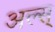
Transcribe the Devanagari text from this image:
अल्स्